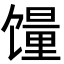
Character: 䭪